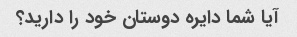
آیا شما دایره دوستان خود را دارید؟